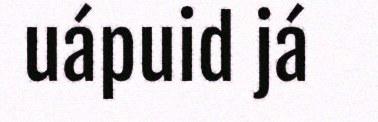
uápuid já